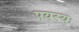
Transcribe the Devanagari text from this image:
पयस्यः